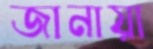
জানায়া